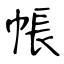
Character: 帳